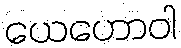
ယေဟောဝါ